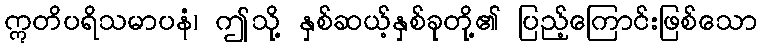
ဣတိပရိသမာပနံ၊ ဤသို့ နှစ်ဆယ့်နှစ်ခုတို့၏ ပြည့်ကြောင်းဖြစ်သော